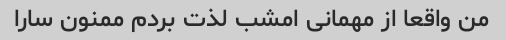
من واقعا از مهمانی امشب لذت بردم ممنون سارا